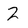
Character: 2